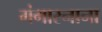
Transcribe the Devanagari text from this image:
गंगास्नाना